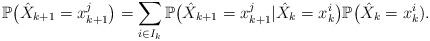
LaTeX: \begin{align*} \mathbb P \big(\hat X_{k+1} = x_{k+1}^{j} \big) = \sum_{i \in I_k} \mathbb P\big(\hat X_{k+1} = x_{k+1}^{j} \vert \hat X_{k} = x_k^{i} \big) \mathbb P \big(\hat X_{k} = x_k^{i}). \end{align*}